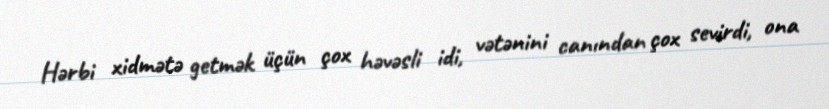
Hərbi xidmətə getmək üçün çox həvəsli idi, vətənini canından çox sevirdi, ona